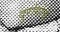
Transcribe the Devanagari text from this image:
दुरांगोचे